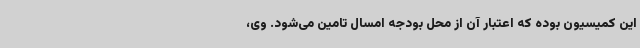
این کمیسیون بوده که اعتبار آن از محل بودجه امسال تامین می‌شود. وی،